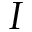
I